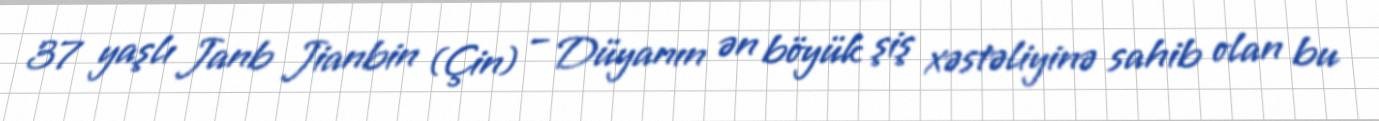
37 yaşlı Janb Jianbin (Çin) – Düyanın ən böyük şiş xəstəliyinə sahib olan bu